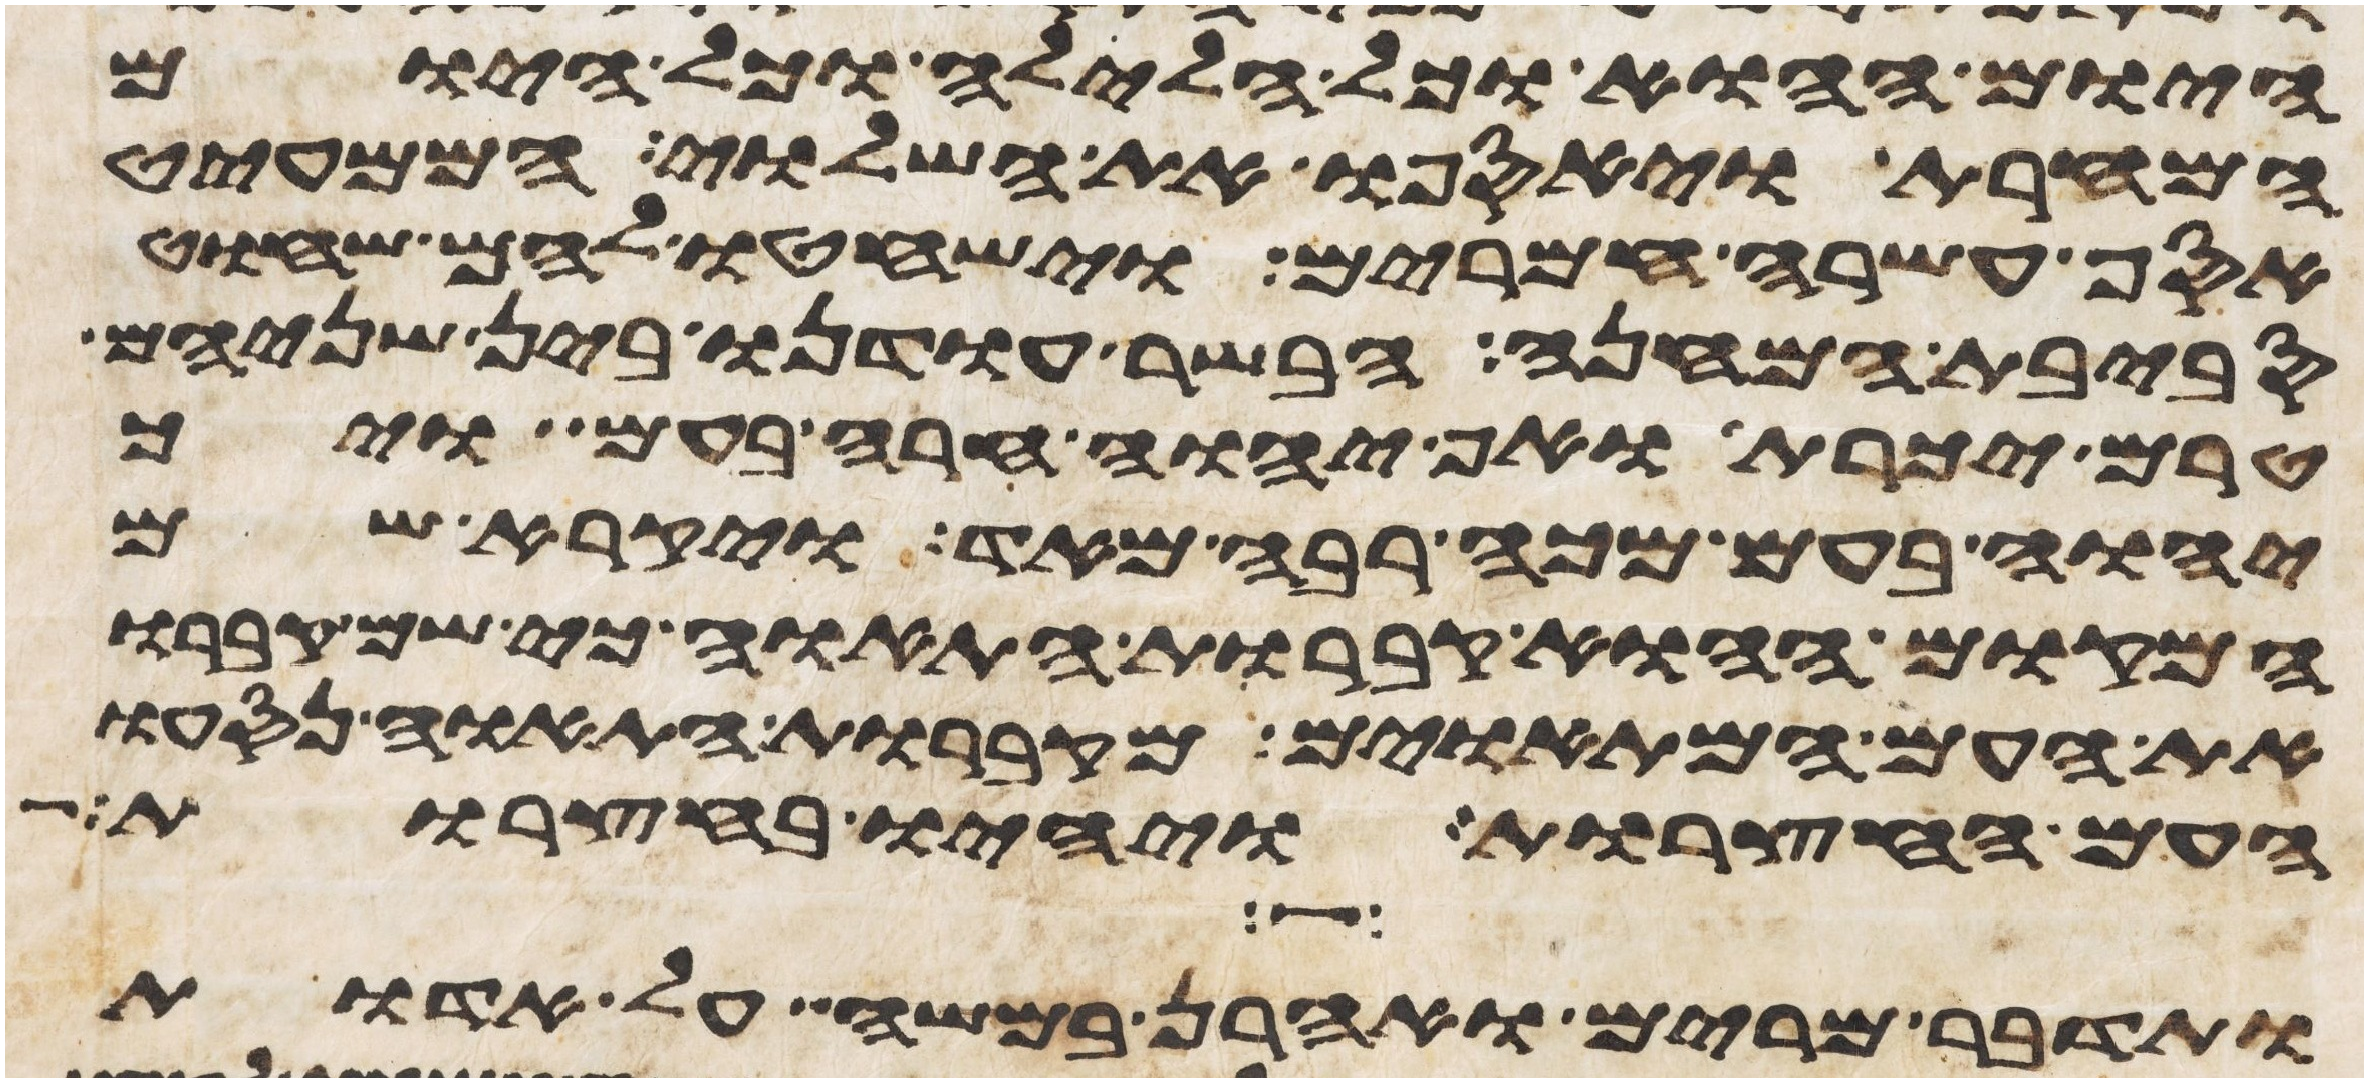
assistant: היום ההוא וכל הלילה וכל היום
המחרת ויאספו את השלוי הממעיט
אסף עשרה חמרים וישחטו להם שחוט
סביבת המחנה הבשר עודנו בין שניהם
טרם יכרת ואף יהוה חרה בעם ויך
יהוה בעם מכה רבה מאד ויקרא שם
המקום ההוא קברות התאוה כי שם קברו
את העם המתאוים מקברות התאוה נסעו
העם החצרות ויהיו בחצרות
ותדבר מרים ואהרן במשה על אדות